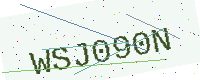
Text: WSJ090N